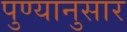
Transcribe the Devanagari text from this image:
पुण्यानुसार